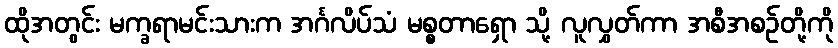
ထိုအတွင်း မက္ခရာမင်းသားက အင်္ဂလိပ်သံ မစ္စတာရှော သို့ လူလွှတ်ကာ အစီအစဉ်တို့ကို